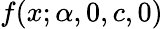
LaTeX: f(x;\alpha,0,c,0)